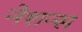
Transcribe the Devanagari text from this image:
नेशन्‍स